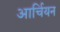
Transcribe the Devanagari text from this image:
आर्चियन